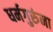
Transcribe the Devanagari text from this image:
धर्मगुरुंना